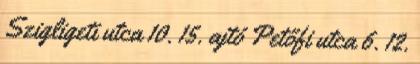
Szigligeti utca 10. 15. ajtó Petőfi utca 6. 12.